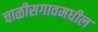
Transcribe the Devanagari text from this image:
चाळीसगावमधील